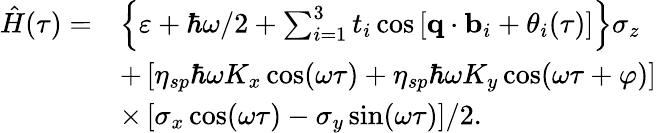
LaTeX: \begin{array}{rl}{\hat{H}(\tau)=}&{\left\{ \varepsilon+\hbar\omega/2+\sum_{i=1}^{3}t_{i}\cos\left[\textbf{q}\cdot\textbf{b}_{i}+\theta_{i}(\tau)\right]\right\} \sigma_{z}}\\ &{+\left[\eta_{sp}\hbar\omega K_{x}\cos(\omega\tau)+\eta_{sp}\hbar\omega K_{y}\cos(\omega\tau+\varphi)\right]}\\ &{\times\left[\sigma_{x}\cos(\omega\tau)-\sigma_{y}\sin(\omega\tau)\right]/2.}\end{array}